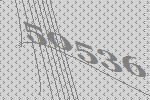
50536